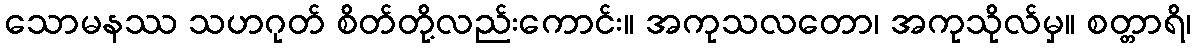
သောမနဿ သဟဂုတ် စိတ်တို့လည်းကောင်း။ အကုသလတော၊ အကုသိုလ်မှ။ စတ္တာရိ၊